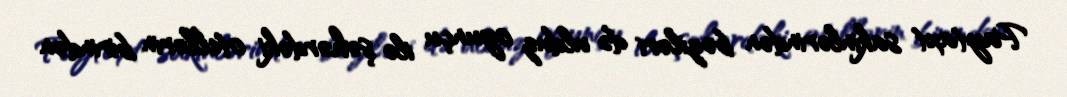
Paytaxt sakinlərindən bəziləri də ulduz oyunçu ilə şəhərdəki otellərin birindən